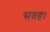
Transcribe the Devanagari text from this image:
सतह।